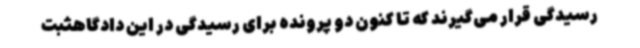
رسیدگی قرار می‌گیرند که تا کنون دو پرونده برای رسیدگی در این دادگاهثبت